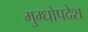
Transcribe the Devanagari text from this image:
मुग्धोपदेश